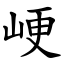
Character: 峺